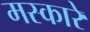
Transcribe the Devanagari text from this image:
मस्कारे